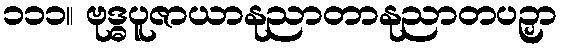
၁၁၁။ ဗုဒ္ဓပူဇာယာနုညာတာနုညာတပဉှာ